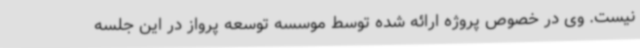
نیست. وی در خصوص پروژه ارائه شده توسط موسسه توسعه پرواز در این جلسه